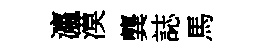
瀛漠龔誌馬